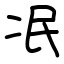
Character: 冺